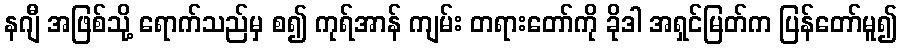
နဂျီ အဖြစ်သို့ ရောက်သည်မှ စ၍ ကုရ်အာန် ကျမ်း တရားတော်ကို ခိုဒါ အရှင်မြတ်က ပြန်တော်မူ၍